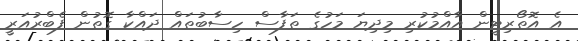
އެ އޮތޯރިޓީން އާއްމުކުރި މިދިޔަ މަހުގެ ތަފާސް ހިސާބުތައް ދައްކާ ގޮތުން ފެބްރުއަރީ